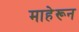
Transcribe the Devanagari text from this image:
माहेरून